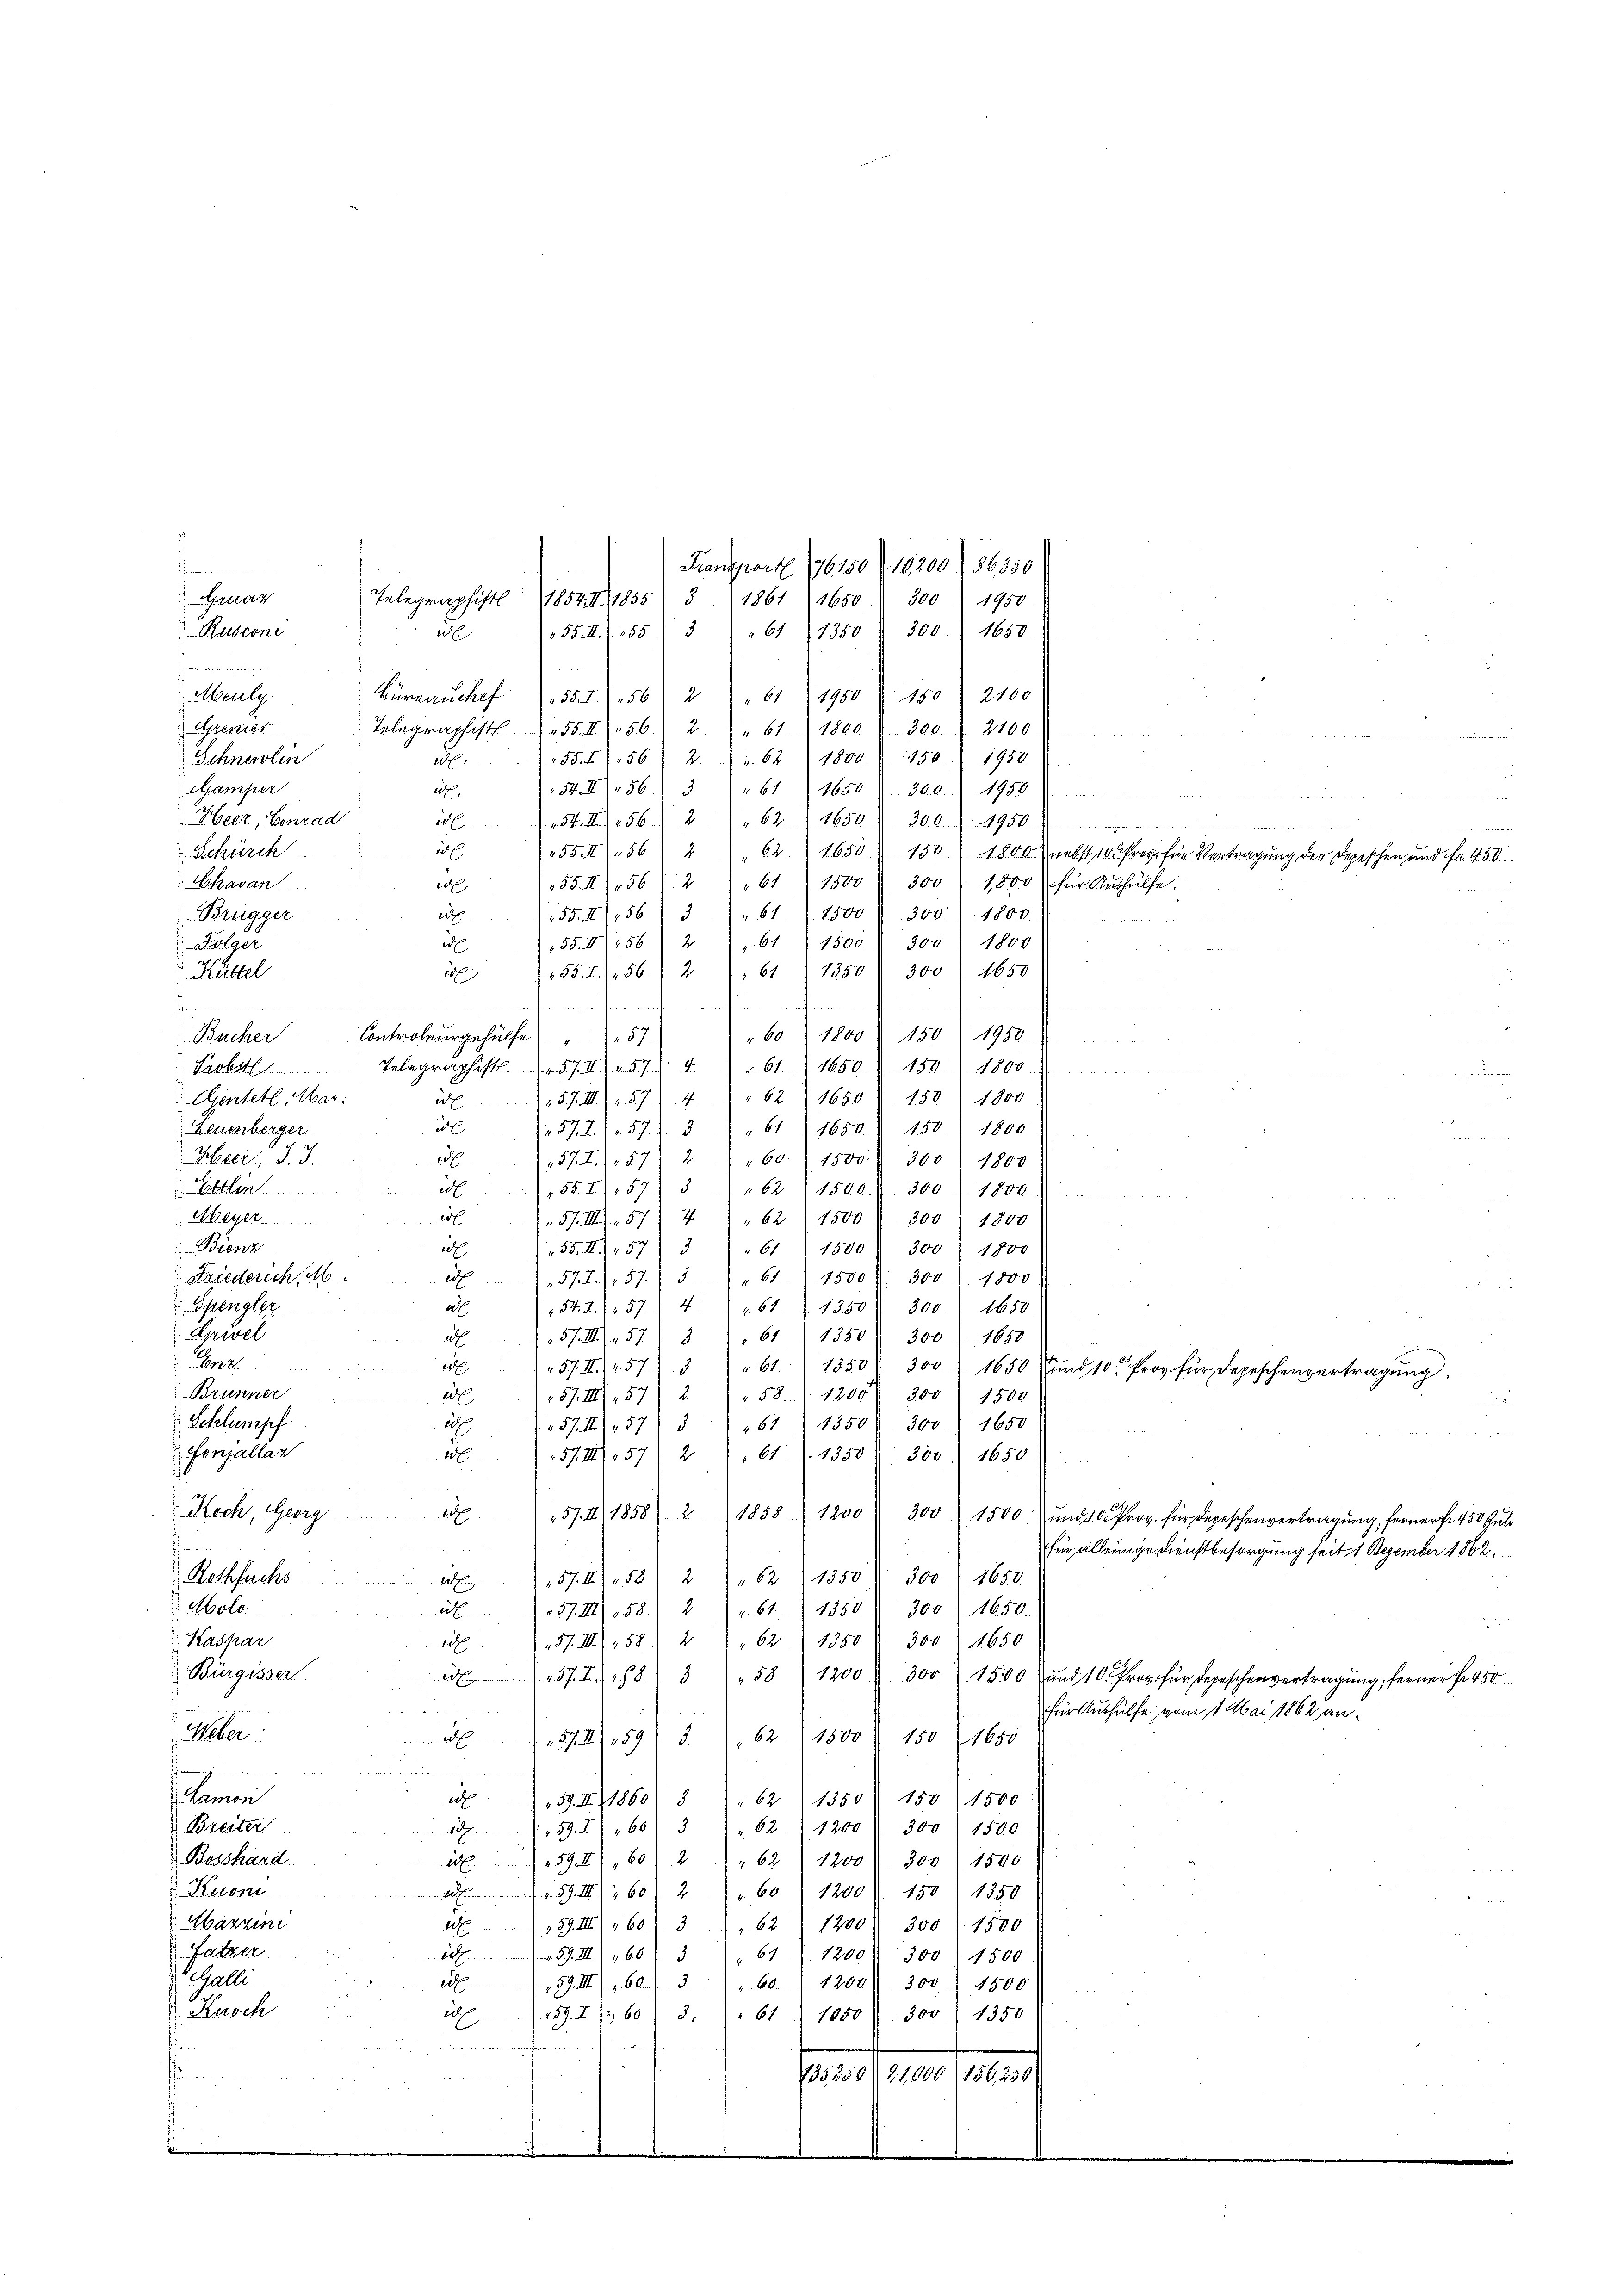
Rusconi
de
222
Meuly
1950 (150) 2100
Büreauckel 155. 756) 261
Gyrenier
Telegraphisch 155. 456) 2
" 61. 1800 " 300. 2180

2.
.62 1800. 150. 1950.
Schneelin
55. 756.
d

Aamper
54. II 56. 361 1650 f 300. 1950
edt
Heer, Conrad
l
3. 156. 262. 2650. 300. 1950.
2
Schürch
55. II 562 " " 62. 1650 " 150 1800 nebst 10 Proze für Vertragŭng der Depeschen und fr. 450.
Chavan
255. II 156) 2) " 61. 1500 f 300/ 1800 für Aŭshülfe.
Brügger
255. II 156) 3 " " 61. 1500 f 300.) 1800.
Folger
61 1500 " 300 " 1800
55. II 156) 2
e
255. I. 56. 2, 61 (1350 " 300' 1650
Küttel
eof
ewe
e
in fin
"60 1800 f 150 1950.
Bücher
Controlergehülfe 57.

Telegraphist. 157. II 157. 461. 1650 (150. 1800
Paobst
 Centel, Mar.
257. III 57. 4. " " 62 (1650 " 150 1800
Leuenberger
e
57.2. (157) 3) " 61 11650.) 150. 1800.
Herr J. J.
257. I. 157) 2) " 60. 1500 f 300) 1800
Sattlen
255. 757. 562 4500 d. 300 l. 1800.
  in den
Meyer
7.
62 1500 r. 300 f 1800
257. III 157
Bienz
a
55. III.57) 3 " " 61) 1500 f 300) 1800
Friederich, M
2577), 57.) 3 " " 61. 1500. 300. 1. 1800
4
Spengler
61 1350 f 300 1650
e
154. I. 157
Urwel
257. III 573 " 61) 1350. 300 " 1650
 Lenz.
e
57. II. 74. 57.
 61. 1350. 300 1650 und 10 Prov. für Depeschenvertragŭng.
d.
Brünner
2
d
58 (1205 300) 1500
57. III, 57
Schlumpf.
d
57.II.57) 3 1,67 (1350. 303) 1650
Fonjallar
2
57. III 157) 2) " 61 J. 1350. 300. 1650
2
Koch, Georg
A
57. A. 1858). 2. 1858 f 1200
300 1500. und 10 Prov. für Depeschenvertragung, ferner fr. 450 Gul
.

für alleinige Dienstbesorgung seit 1 Dezember 1862.
Rothfuchs
300. 1650
57. II 58) 2) " 62 (1350
1
Molo.
257. II 158.) 2) " 61. 1550. 300. 1650.
Kaspar
57. III 158. 21 " 62. 1350 S. 300) 1650
ed
Bürgisser
25. 288. 358) 1200
300. 1500 und 10 Pro für Depeschenvertragung, ferner Fr. 450
1 Her
für Aushülfe vom 1. Mai 1862 an¬
Weber
62 (1500). 150 1650
A
57. II 159. 3.
a

Lamon
e
59. II, 1860) 3 " 62 (1350 150 1500
Breiter
89. 1603
" 62. 1200 " 300 1500.
Bosshärd
259. III,60) 2 " " 62 (1200 f. 300) 1500
Kuoni

259. III 260 f. 2. " 60) 1200). 150 1350
Mazzine
259. III 160. 31. 62. 1200. 300 f 1500
Satzer
139. III 260 f 3
61 1200. 300 " 1500
Schalli
d
39. III 160) 3 " " 601. 1200. 300 1500
Buoch
d
259. I 260) 3. " 61) 1050. 300 1350
anken
.
.
weten u
735259421,000 (156258)

Fruar

Transport 196150 § 19200/ 86350
Telegraphist 1854. II 1855/ 3 1861 (1650. 300 1950
idle
55 M. Z. 155 3 " " 61 (1350 f 300. 1658.

un deraus de
u
 a 120 n 1.

H
s